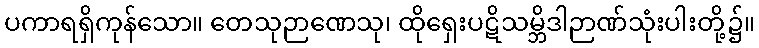
ပကာရရှိကုန်သော။ တေသုဉာဏေသု၊ ထိုရှေးပဋိသမ္ဘိဒါဉာဏ်သုံးပါးတို့၌။